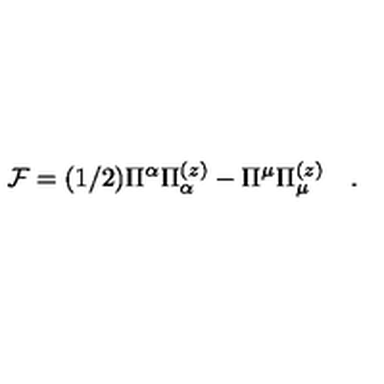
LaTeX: { \cal F } = ( 1 / 2 ) \Pi ^ { \alpha } \Pi _ { \alpha } ^ { ( z ) } - \Pi ^ { \mu } \Pi _ { \mu } ^ { ( z ) } \quad .